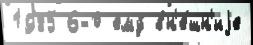
1985 6-0 ему́ вн'е́шн'иjе